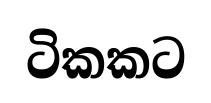
ටිකකට